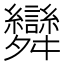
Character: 𮎂